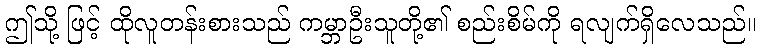
ဤသို့ ဖြင့် ထိုလူတန်းစားသည် ကမ္ဘာဦးသူတို့၏ စည်းစိမ်ကို ရလျက်ရှိလေသည်။